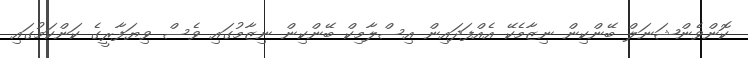
ކޮންވެންޝަނަލް ބޭންކިން ނިޒާމެކޭ އެއްފަދައިން އިސްލާމިކް ބޭންކިން ނިޒާމުގައި ވެސް ވިޔަފާރީގެ ކަންކަމުގައި